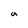
Character: a